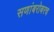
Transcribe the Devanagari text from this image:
सणांबरोबरच